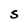
Character: S